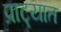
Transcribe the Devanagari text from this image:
प्राट्यात